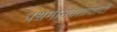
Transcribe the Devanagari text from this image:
पश्चमानवतावादी